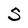
Character: 5